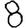
Digit: 8